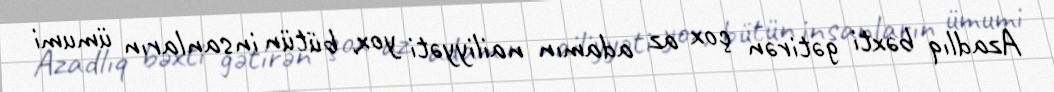
Azadlıq bəxti gətirən çox az adamın nailiyyəti yox, bütün insanların ümumi